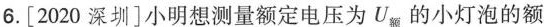
6.[2020深圳]小明想测量额定电压为U_{额}的小灯泡的额